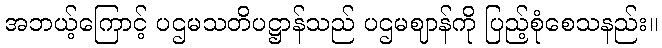
အဘယ့်ကြောင့် ပဌမသတိပဋ္ဌာန်သည် ပဌမဈာန်ကို ပြည့်စုံစေသနည်း။